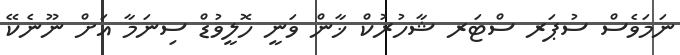
ނަމަވެސް ސުޕަރ ސްޓަރ ޝާހުރުކް ޚާން ވަނީ ހޮލީވުޑް ސިނަމާ އަށް ނޫނެކޭ